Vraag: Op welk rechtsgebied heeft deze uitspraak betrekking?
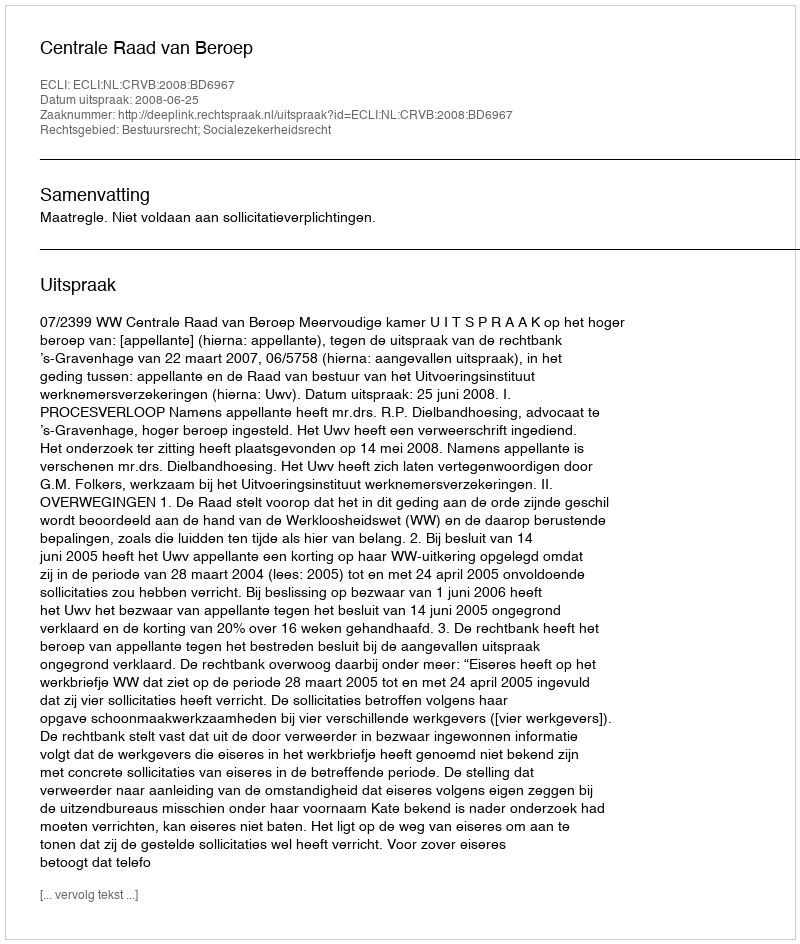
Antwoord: Bestuursrecht; Socialezekerheidsrecht